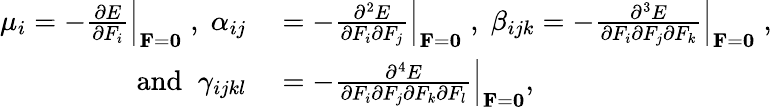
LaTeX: \begin{array}{rl}{\mu_{i}=-\frac{\partial E}{\partial F_{i}}\Big|_{{\mathbf F}={\mathbf 0}}\; ,\; \alpha_{ij}}&{{}=-\frac{\partial^{2}E}{\partial F_{i}\partial F_{j}}\Big|_{{\mathbf F}={\mathbf 0}}\; ,\; \beta_{ijk}=-\frac{\partial^{3}E}{\partial F_{i}\partial F_{j}\partial F_{k}}\Big|_{{\mathbf F}={\mathbf 0}}\; ,}\\ {\; \textrm{and}\; \; \gamma_{ijkl}}&{{}=-\frac{\partial^{4}E}{\partial F_{i}\partial F_{j}\partial F_{k}\partial F_{l}}\Big|_{{\mathbf F}={\mathbf 0}},}\end{array}